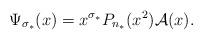
LaTeX: \begin{align*}\Psi_{\sigma_*}(x) = x^{\sigma_*} { P}_{n_*}(x^2) {\cal A}(x).\end{align*}